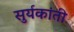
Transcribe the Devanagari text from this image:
सुर्यकांती